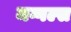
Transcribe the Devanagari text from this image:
मग्गल्स